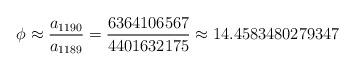
LaTeX: \begin{align*} \phi\approx\frac{a_{1190}}{a_{1189}} =\frac{6364106567}{4401632175} \approx 14.4583480279347\end{align*}